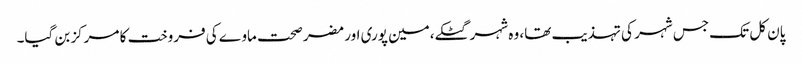
پان کل تک جس شہر کی تہذیب تھا، وہ شہر گٹکے،مین پوری اور مضر صحت ماوے کی فروخت کا مرکز بن گیا۔